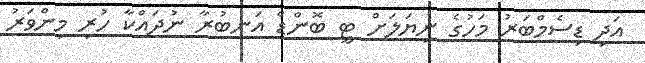
އަދި ޑިސެމްބަރު މަހުގެ ނިޔަލަށް ޓީ ބޮންޑް އަނބުރާ ނުދައްކާ ހުރި މިންވަރު